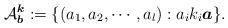
LaTeX: \begin{align*}\mathcal{A}^{\boldsymbol{k}}_{\boldsymbol{b}}:=\{(a_1, a_2, \cdots, a_l): a_i k_i \boldsymbol{a} \}.\end{align*}